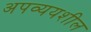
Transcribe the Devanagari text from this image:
अपव्ययशील